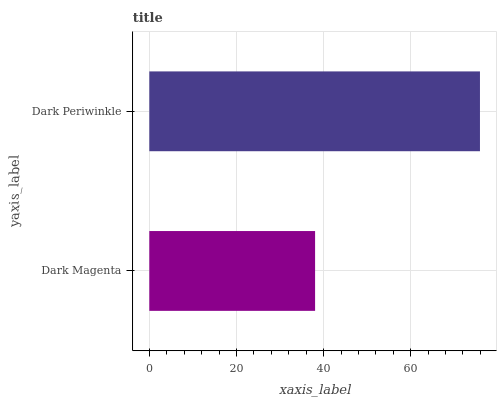
| yaxis_label | bars |
 | --- | --- |
 | Dark Magenta | 38.1 |
 | Dark Periwinkle | 75.9 |